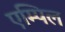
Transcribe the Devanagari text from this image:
एम्पिल